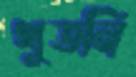
থুতনি